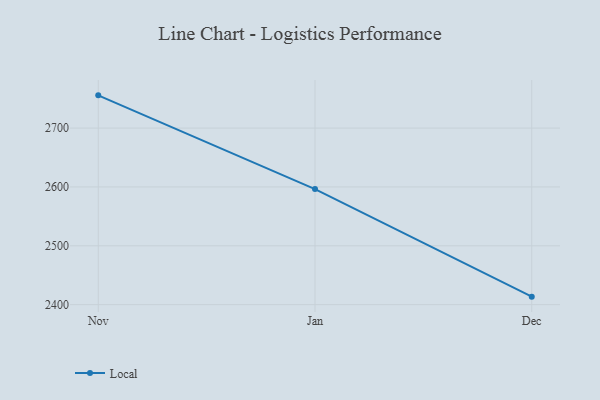
{"axis": {"x": "Month", "y": "Waste Production (Tons)"}, "legend": ["Local"], "data": [{"x": "Nov", "y": 2755.6, "type": "Local"}, {"x": "Jan", "y": 2596.4, "type": "Local"}, {"x": "Dec", "y": 2413.6, "type": "Local"}]}